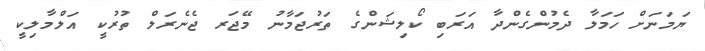
ޔަމަނަށް ހަމަލާ ދެމުންގެންދާ އަރަބި ކޯލިޝަންގެ ތަރުޖަމާނު މޭޖަރ ޖެނެރަލް ތުރުކީ އަލްމާލިކީ